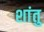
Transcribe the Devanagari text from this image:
शांतु